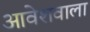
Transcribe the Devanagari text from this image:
आवेशवाला